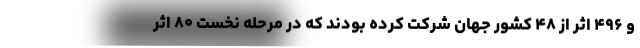
و ۴۹۶ اثر از ۴۸ کشور جهان شرکت کرده بودند که در مرحله نخست ۸۰ اثر